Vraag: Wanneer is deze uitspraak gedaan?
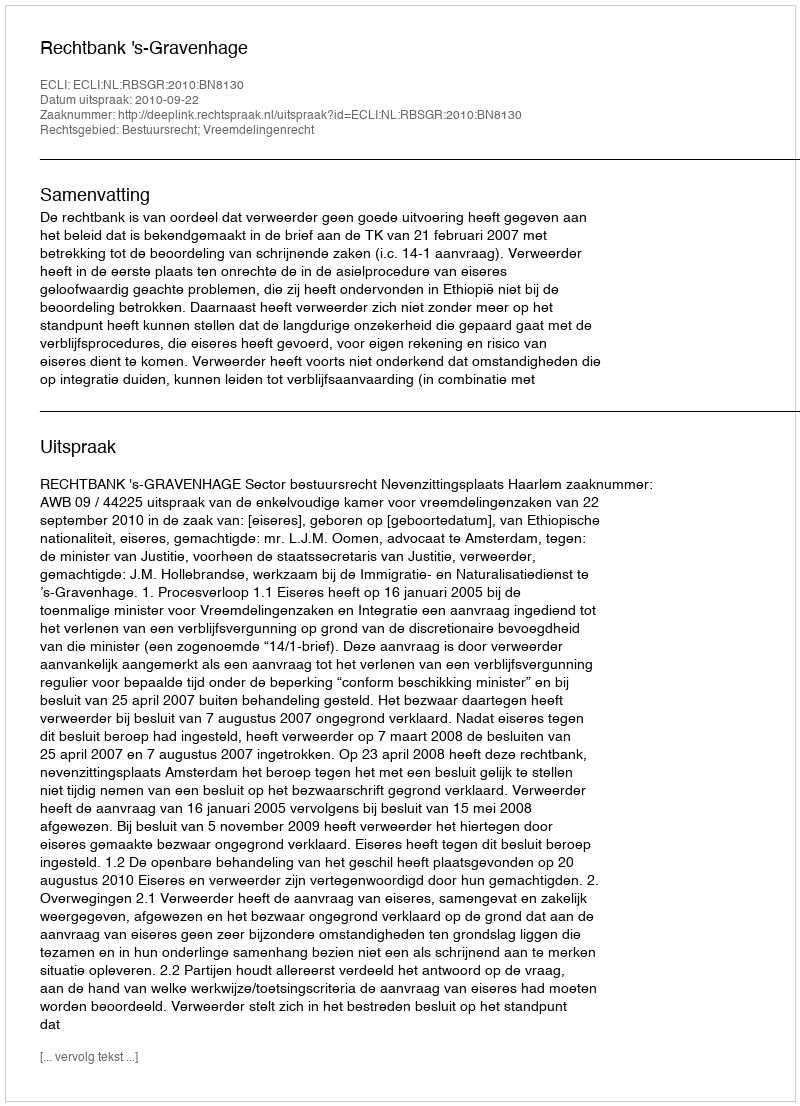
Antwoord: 2010-09-22